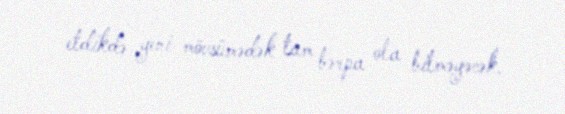
etdikdə yeni mövsümədək tam bərpa ola bilməyəcək.